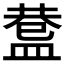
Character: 𥂅